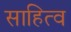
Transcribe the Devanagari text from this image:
साहित्व